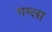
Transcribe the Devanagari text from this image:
गम्ला